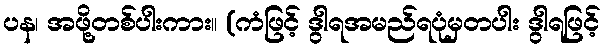
ပန၊ အဖို့တစ်ပါးကား။ (ကံဖြင့် ဒွါရအမည်ရပုံမှတပါး ဒွါရဖြင့်